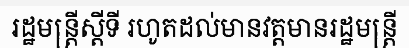
រដ្ឋមន្ត្រីស្តីទី រហូតដល់មានវត្តមានរដ្ឋមន្ត្រី